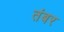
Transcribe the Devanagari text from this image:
तंबर